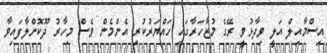
އިސްމާއިލް އަލީ ވިދާޅުވީ ރޭގެ މުޒާހަރާގައި ހައްޔަރުކުރި އެންމެން ވެސް މިހާރު ދޫކޮށްލާފައިވާ